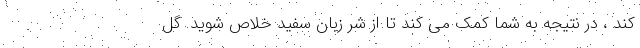
کند ، در نتیجه به شما کمک می کند تا از شر زبان سفید خلاص شوید. گل